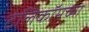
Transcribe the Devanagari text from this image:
टेलिकॉमच्या